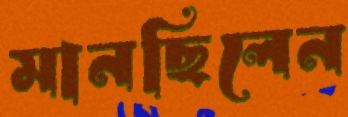
মানছিলেন